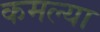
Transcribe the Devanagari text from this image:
कमल्या